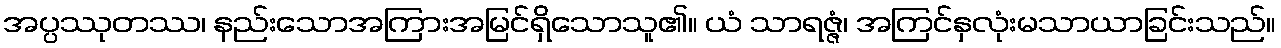
အပ္ပဿုတဿ၊ နည်းသောအကြားအမြင်ရှိသောသူ၏။ ယံ သာရဇ္ဇံ၊ အကြင်နှလုံးမသာယာခြင်းသည်။